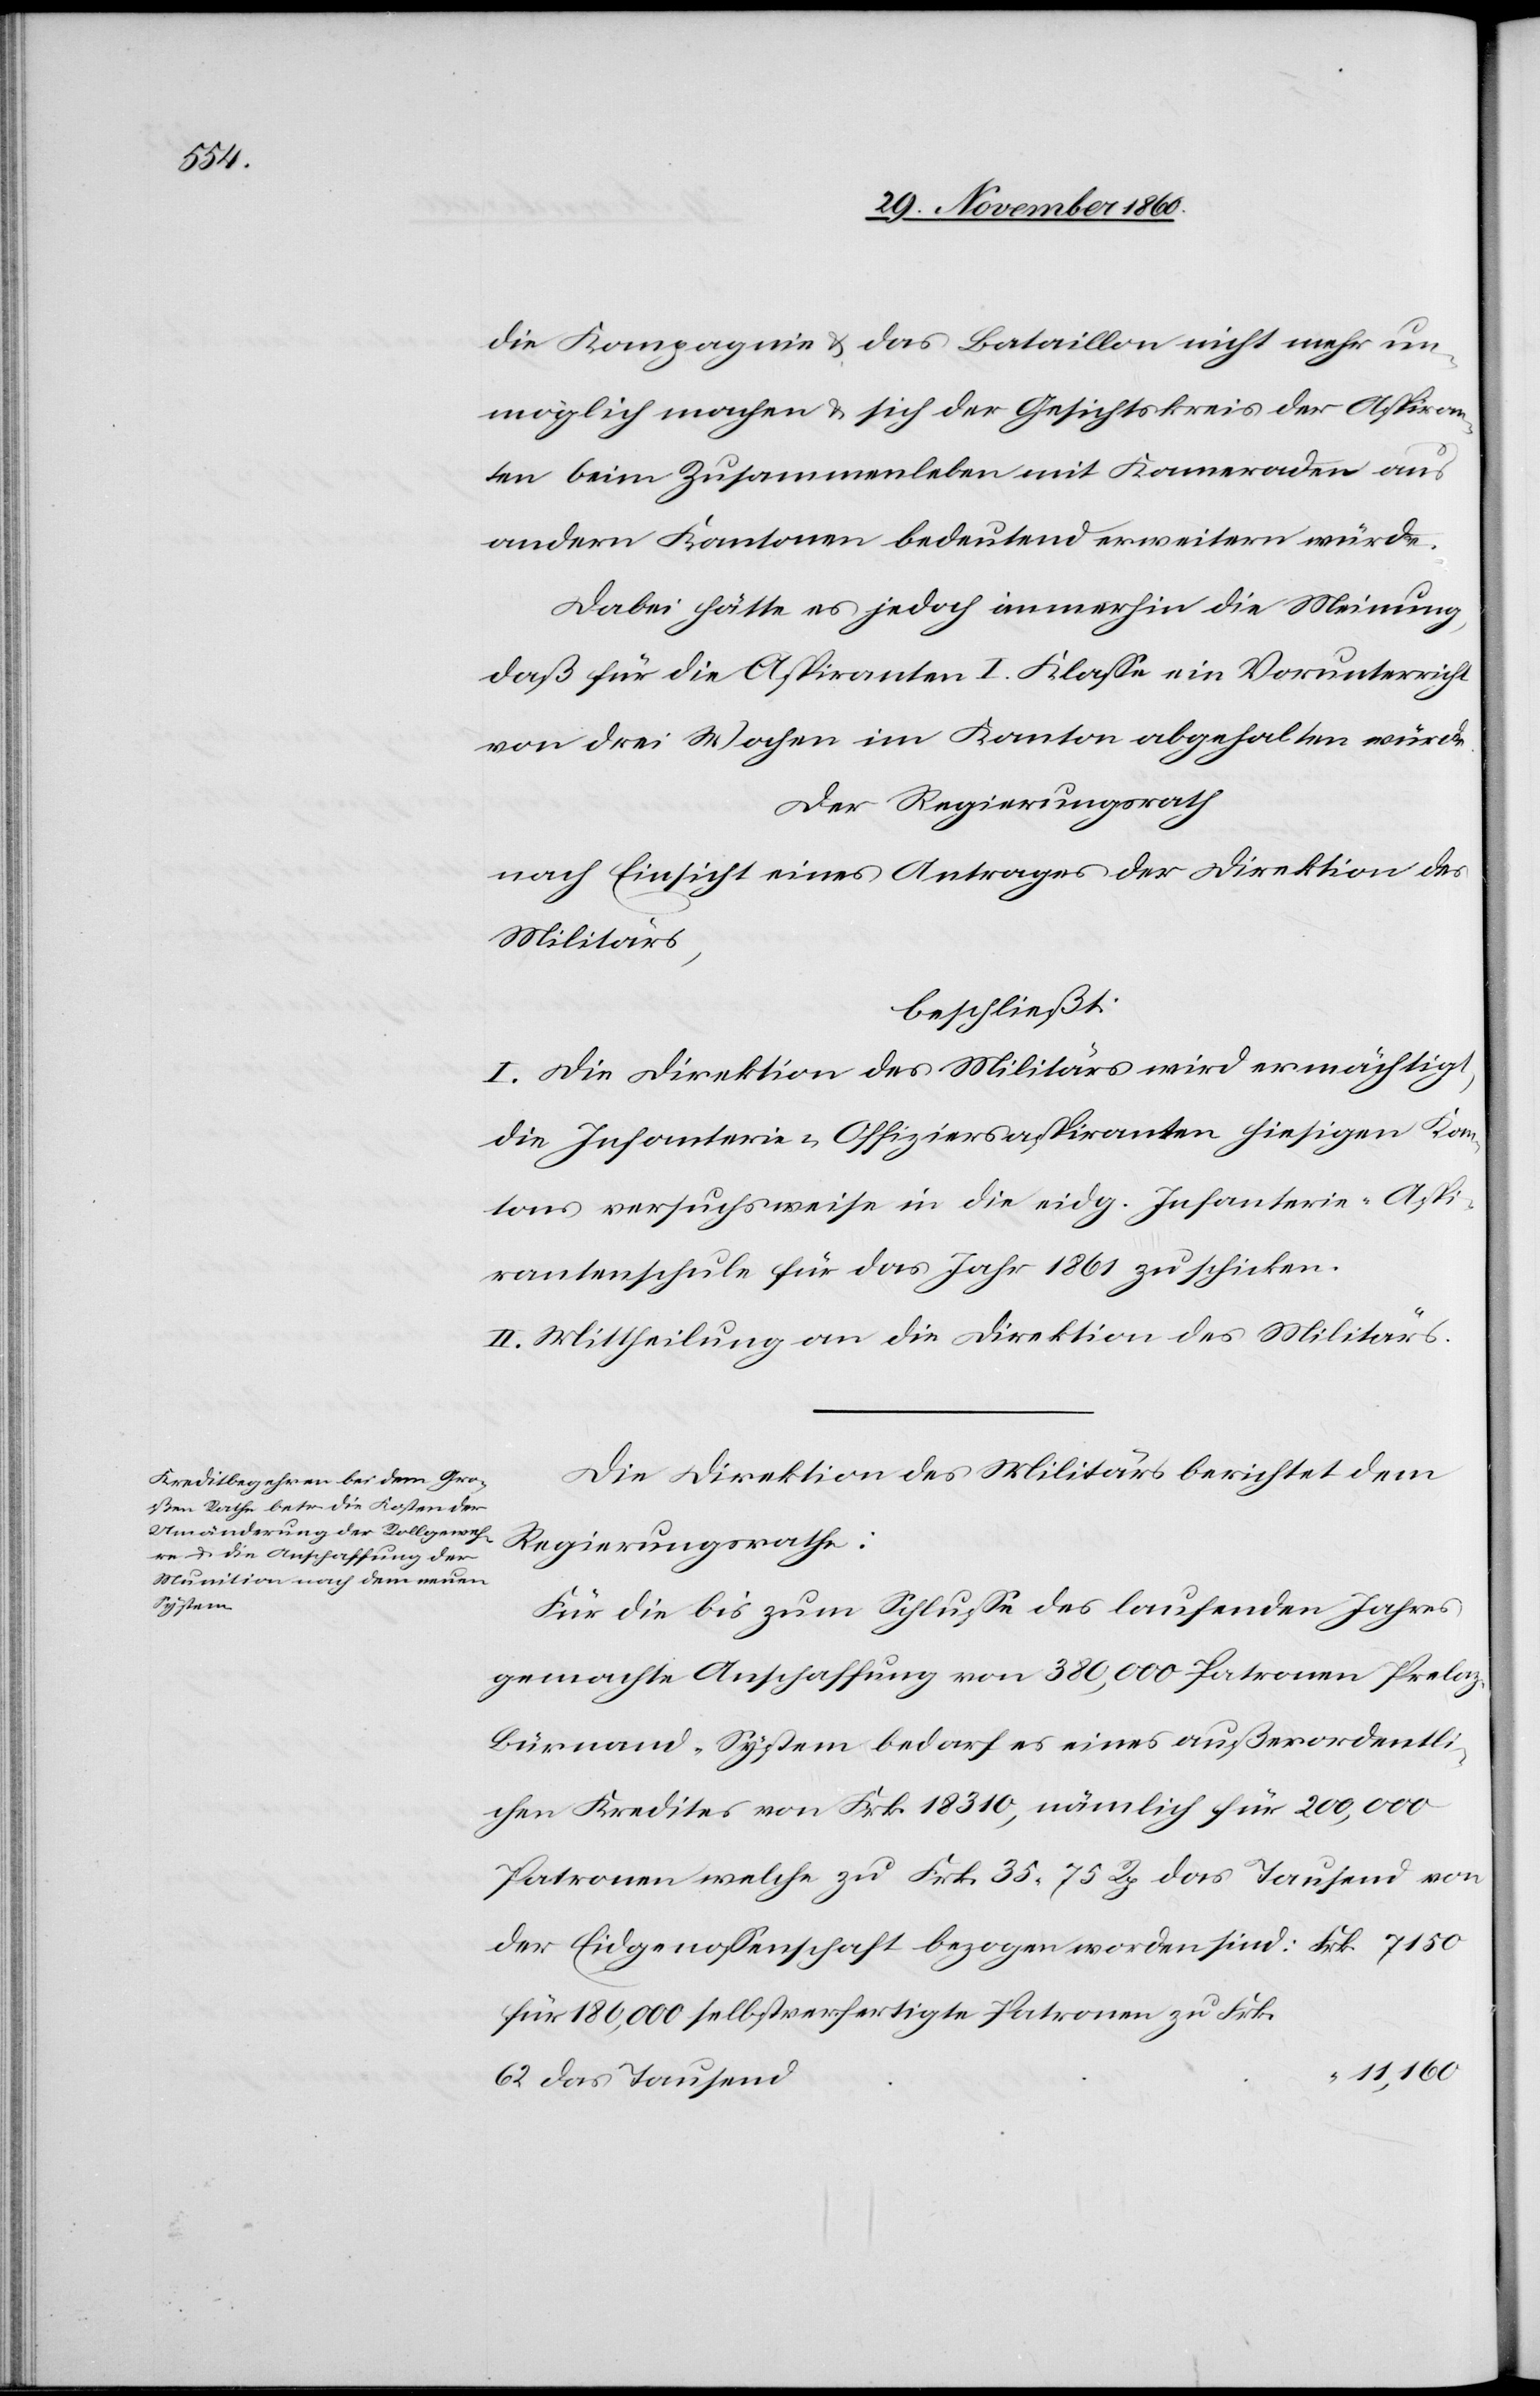
die Kompagnie u. das Bataillon nicht mehr un¬
möglich machen u. sich der Gesichtskreis der Aspiran¬
ten beim Zusammenleben mit Kameraden aus
andern Kantonen bedeutend erweitern würde.
Dabei hätte es jedoch immerhin die Meinung,
daß für die Aspiranten I. Klasse ein Vorunterricht
von drei Wochen im Kanton abgehalten würde.
Der Regierungsrath
nach Einsicht eines Antrages der Direktion des
Militärs,
beschließt:
I. Die Direktion des Militärs wird ermächtigt,
die Infanterie-Offiziersaspiranten hiesigen Kan¬
tons versuchsweise in die eidg. Infanterie-Aspi¬
rantenschule für das Jahr 1861 zu schicken.
II. Mittheilung an die Direktion des Militärs.
Die Direktion des Militärs berichtet dem
worden
Für die bis zum Schlusse des laufenden Jahres
gemachte Anschaffung von 380,000 Patronen Prelo¬
z-Bürnand-System bedarf es eines außerordentli¬
chen Kredites von Frk. 18 310, nämlich für 200,000
Patronen welche zu Frk. 35 75 Rp. das Tausend von
für 180,000 selbstverfertigte Patronen zu Frk.
11,160
62 das Tausend